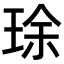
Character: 㻌